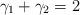
LaTeX: \begin{align*}\gamma_{1} + \gamma_{2} &=2\end{align*}